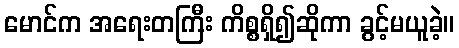
မောင်က အရေးတကြီး ကိစ္စရှိ၍ဆိုကာ ခွင့်မယူခဲ့။